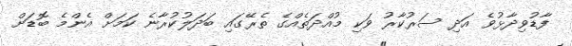
ފާޑުވިދާޅުވެ އަދި ސަރުކާރު ވަކި މުއްދަތެއްގެ ތެރޭގައި ބަދަލުކުރާނެ ކަމަށް އެންމެ ބޮޑަށް